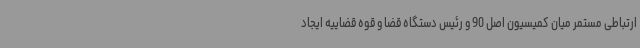
ارتباطی مستمر میان کمیسیون اصل 90 و رئیس دستگاه قضا و قوه قضاییه ایجاد